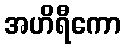
အဟိရီကော